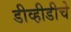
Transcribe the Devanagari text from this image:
डीव्हीडीचे